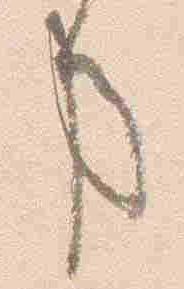
事